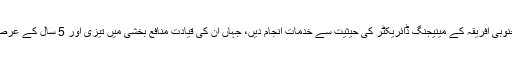
حال ہی میں جناب ریس نے ڈینون جنوبی افریقہ کے مینیجنگ ڈائریکٹر کی حیثیت سے خدمات انجام دیں، جہاں ان کی قیادت منافع بخشی میں تیزی اور 5 سال کے عرصے میں زبردست ترقی کا سبب بنی۔